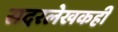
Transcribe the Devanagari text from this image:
सदरलेखकही